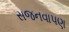
સજનવાપણ